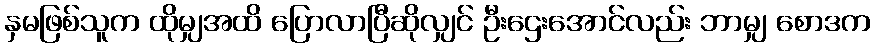
နှမဖြစ်သူက ထိုမျှအထိ ပြောလာပြီဆိုလျှင် ဦးဌေးအောင်လည်း ဘာမျှ စောဒက